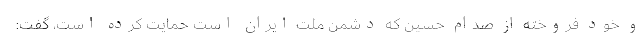
و خود فروخته از صدام حسین که دشمن ملت ایران است حمایت کرده است، گفت: